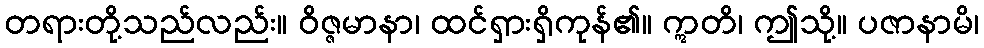
တရားတို့သည်လည်း။ ဝိဇ္ဇမာနာ၊ ထင်ရှားရှိကုန်၏။ ဣတိ၊ ဤသို့။ ပဇာနာမိ၊